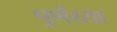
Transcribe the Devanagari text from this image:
पूर्णय्या